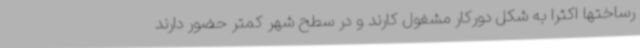
رساختها اکثرا به شکل دورکار مشغول کارند و در سطح شهر کمتر حضور دارند